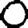
Digit: 0